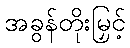
အခွန်တိုးမြှင့်